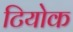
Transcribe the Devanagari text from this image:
टियोक